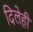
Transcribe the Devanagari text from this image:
दिलेही